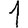
Digit: 1